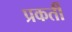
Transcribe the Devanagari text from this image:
प्रकर्ती